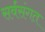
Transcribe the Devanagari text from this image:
सर्वसंगत